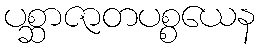
ပစ္ဆာဇာတပစ္စယေန